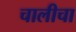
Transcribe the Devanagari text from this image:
चालीचा